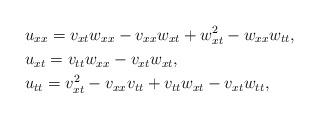
LaTeX: \begin{align*} &u_{xx}=v_{xt}w_{xx}-v_{xx}w_{xt}+w_{xt}^{2}-w_{xx}w_{tt}, \\&u_{xt}=v_{tt}w_{xx}-v_{xt}w_{xt}, \\&u_{tt}=v_{xt}^{2}-v_{xx}v_{tt}+v_{tt}w_{xt}-v_{xt}w_{tt},\end{align*}